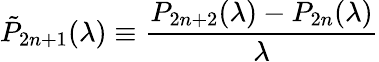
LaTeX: \tilde{P}_{2n+1}(\lambda)\equiv\frac{P_{2n+2}(\lambda)-P_{2n}(\lambda)}{\lambda}